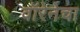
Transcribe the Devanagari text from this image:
वॉरेनेचा